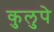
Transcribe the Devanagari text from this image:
कुलुपे